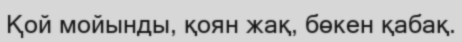
Қой мойынды, қоян жақ, бөкен қабақ.